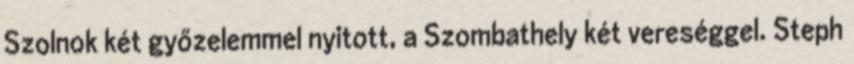
Szolnok két győzelemmel nyitott, a Szombathely két vereséggel. Steph